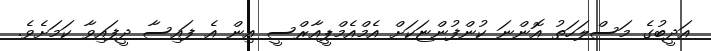
އަދީބުގެ މަސްލަހަތު އޮންނަ ކުންފުންޏަކަށް އެމްއެމްޕީއާރްސީ އިން އެ ފައިސާ ދީފައިވާ ކަމަށެވެ.